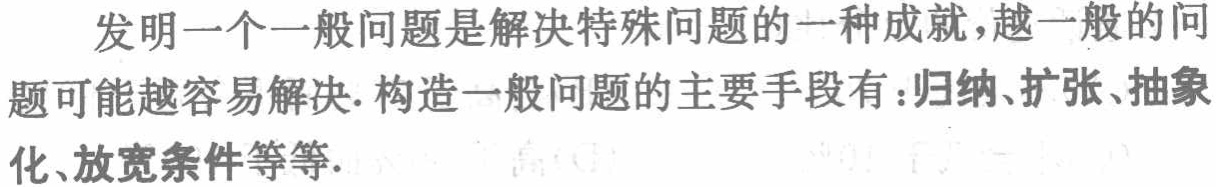
发明一个一般问题是解决特殊问题的一种成就，越一般的问题可能越容易解决. 构造一般问题的主要手段有：归纳、扩张、抽象化、放宽条件等等.